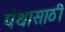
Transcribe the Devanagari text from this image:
पंथासाठी